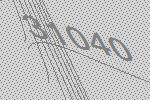
31040